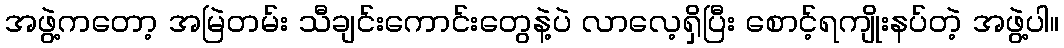
အဖွဲ့ကတော့ အမြဲတမ်း သီချင်းကောင်းတွေနဲ့ပဲ လာလေ့ရှိပြီး စောင့်ရကျိုးနပ်တဲ့ အဖွဲ့ပါ။